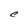
Character: C